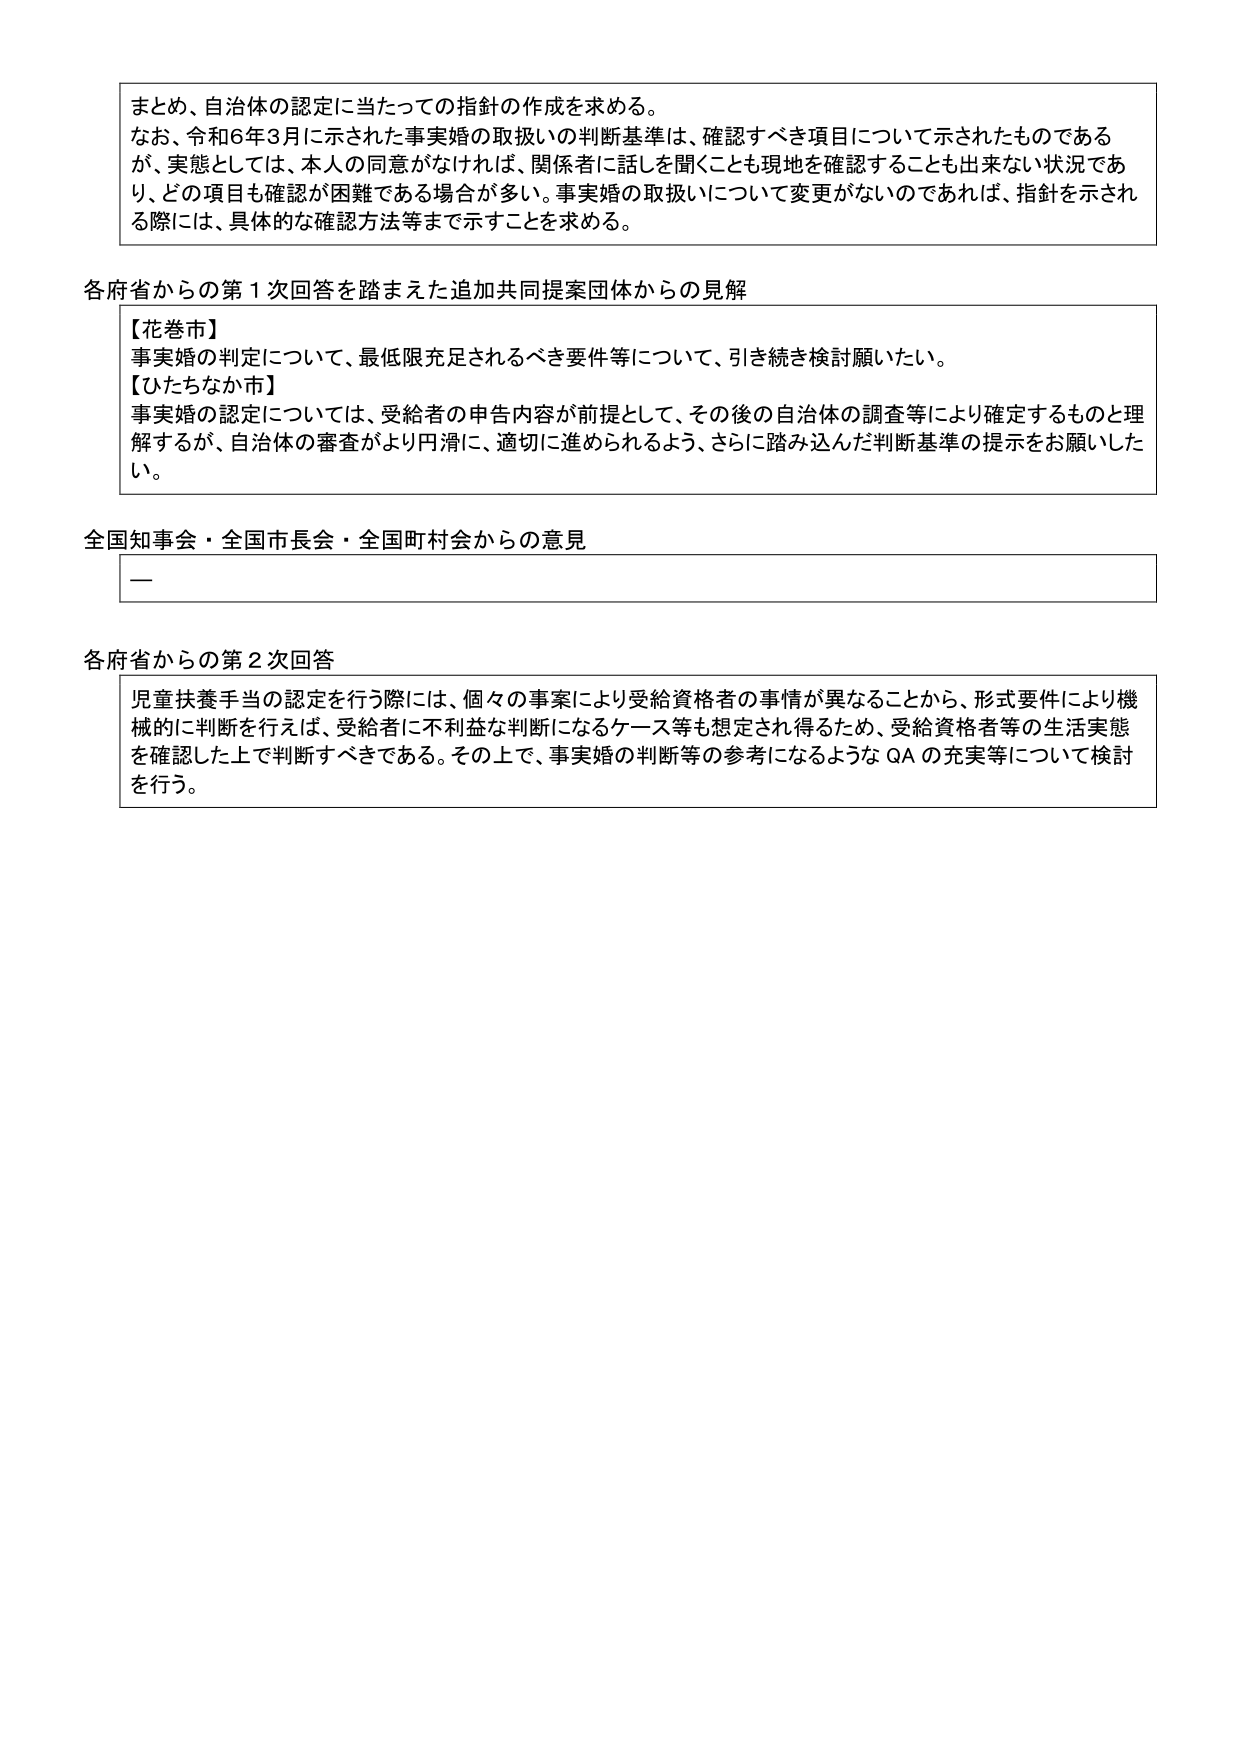
まとめ、自治体の認定に当たっての指針の作成を求める。
なお、令和6年3月に示された事実婚の取扱いの判断基準は、確認すべき項目について示されたものであるが、実態としては、本人の同意がなければ、関係者に話しを聞くことも現地を確認することも出来ない状況であり、どの項目も確認が困難である場合が多い。事実婚の取扱いについて変更がないのであれば、指針を示される際には、具体的な確認方法等まで示すことを求める。

各府省からの第1次回答を踏まえた追加共同提案団体からの見解
【花巻市】
事実婚の判定について、最低限充足されるべき要件等について、引き続き検討願いたい。
【ひたちなか市】
事実婚の認定については、受給者の申告内容が前提として、その後の自治体の調査等により確定するものと理解するが、自治体の審査がより円滑に、適切に進められるよう、さらに踏み込んだ判断基準の提示をお願いしたい。

全国知事会・全国市長会・全国町村会からの意見
ー

各府省からの第2次回答
児童扶養手当の認定を行う際には、個々の事案により受給資格者の事情が異なることから、形式要件により機械的に判断を行えば、受給者に不利益な判断になるケース等も想定され得るため、受給資格者等の生活実態を確認した上で判断すべきである。その上で、事実婚の判断等の参考になるようなQAの充実等について検討を行う。